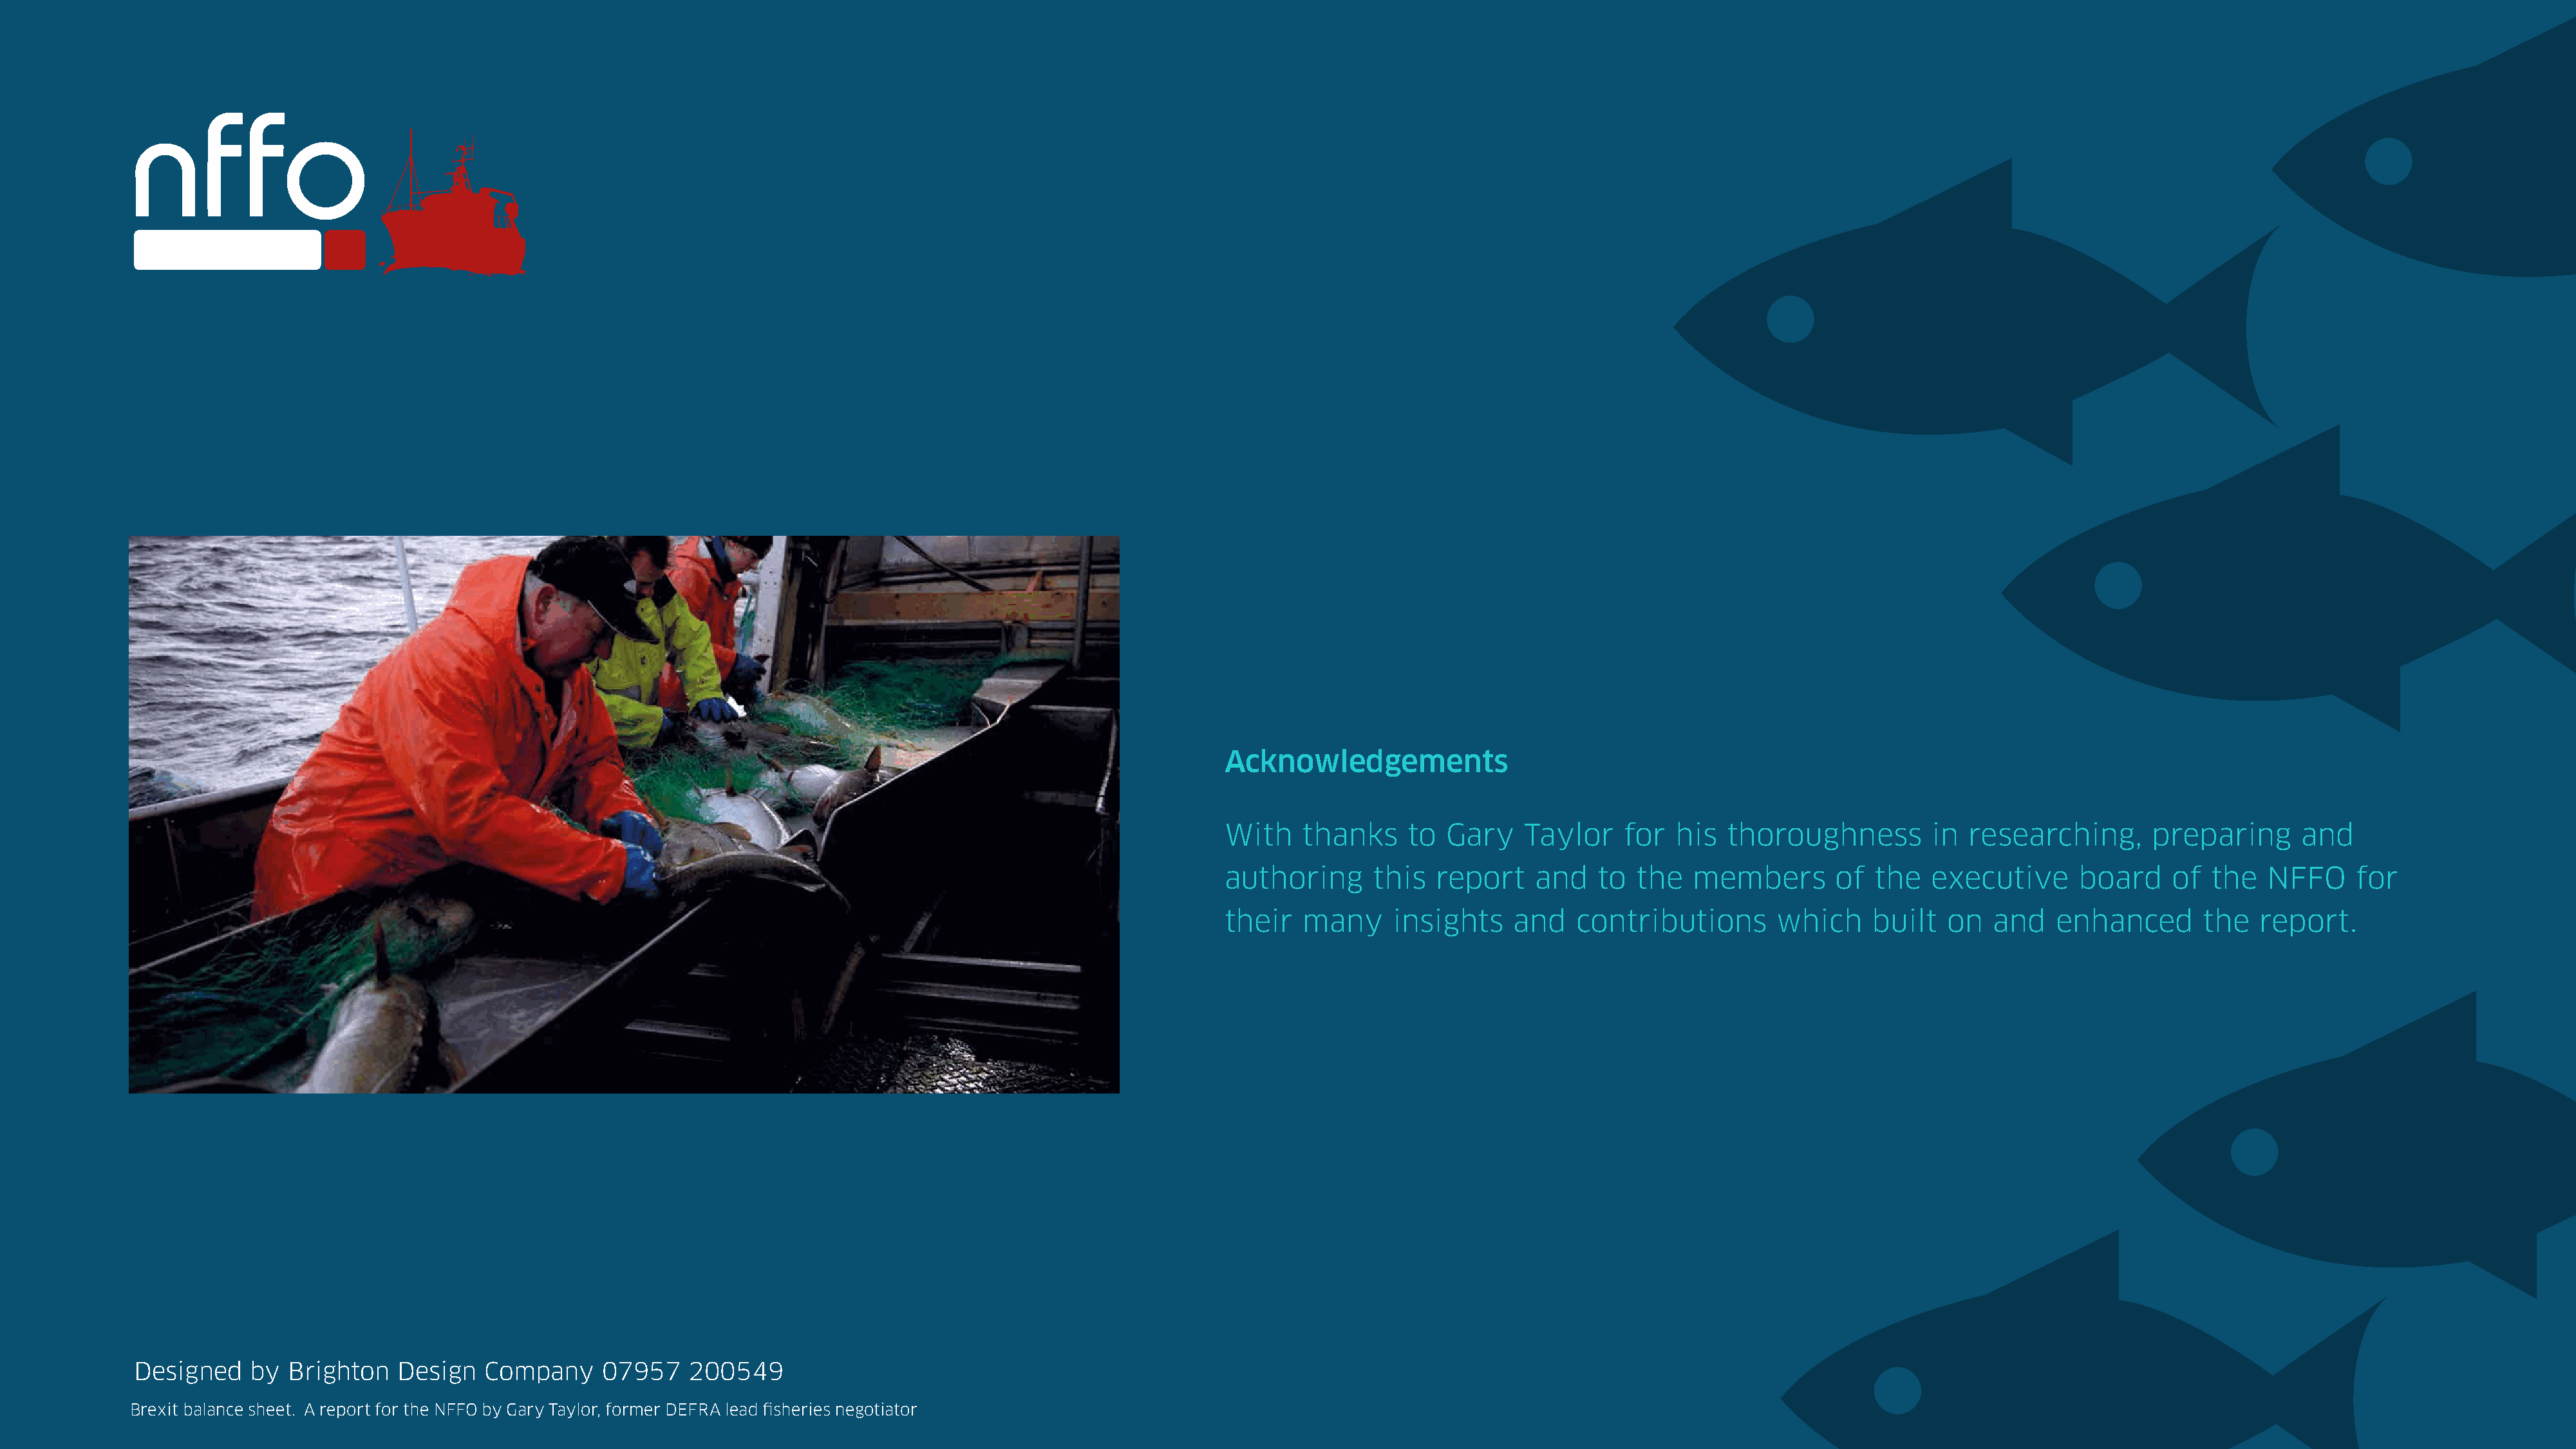
Acknowledgements
 With    thanks     to  Gary    Taylor    for  his   thoroughness         in researching,       preparing       and
 authoring      this   report    and   to  the   members        of  the   executive      board    of  the   NFFO     for
 their   many     insights     and   contributions        which    built   on   and   enhanced        the  report.
 Designed    by  Brighton   Design   Company     07957    200549
 Brexit balance sheet. A report for the NFFO by Gary Taylor, former DEFRA lead fisheries negotiator